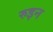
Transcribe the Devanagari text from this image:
रुइन